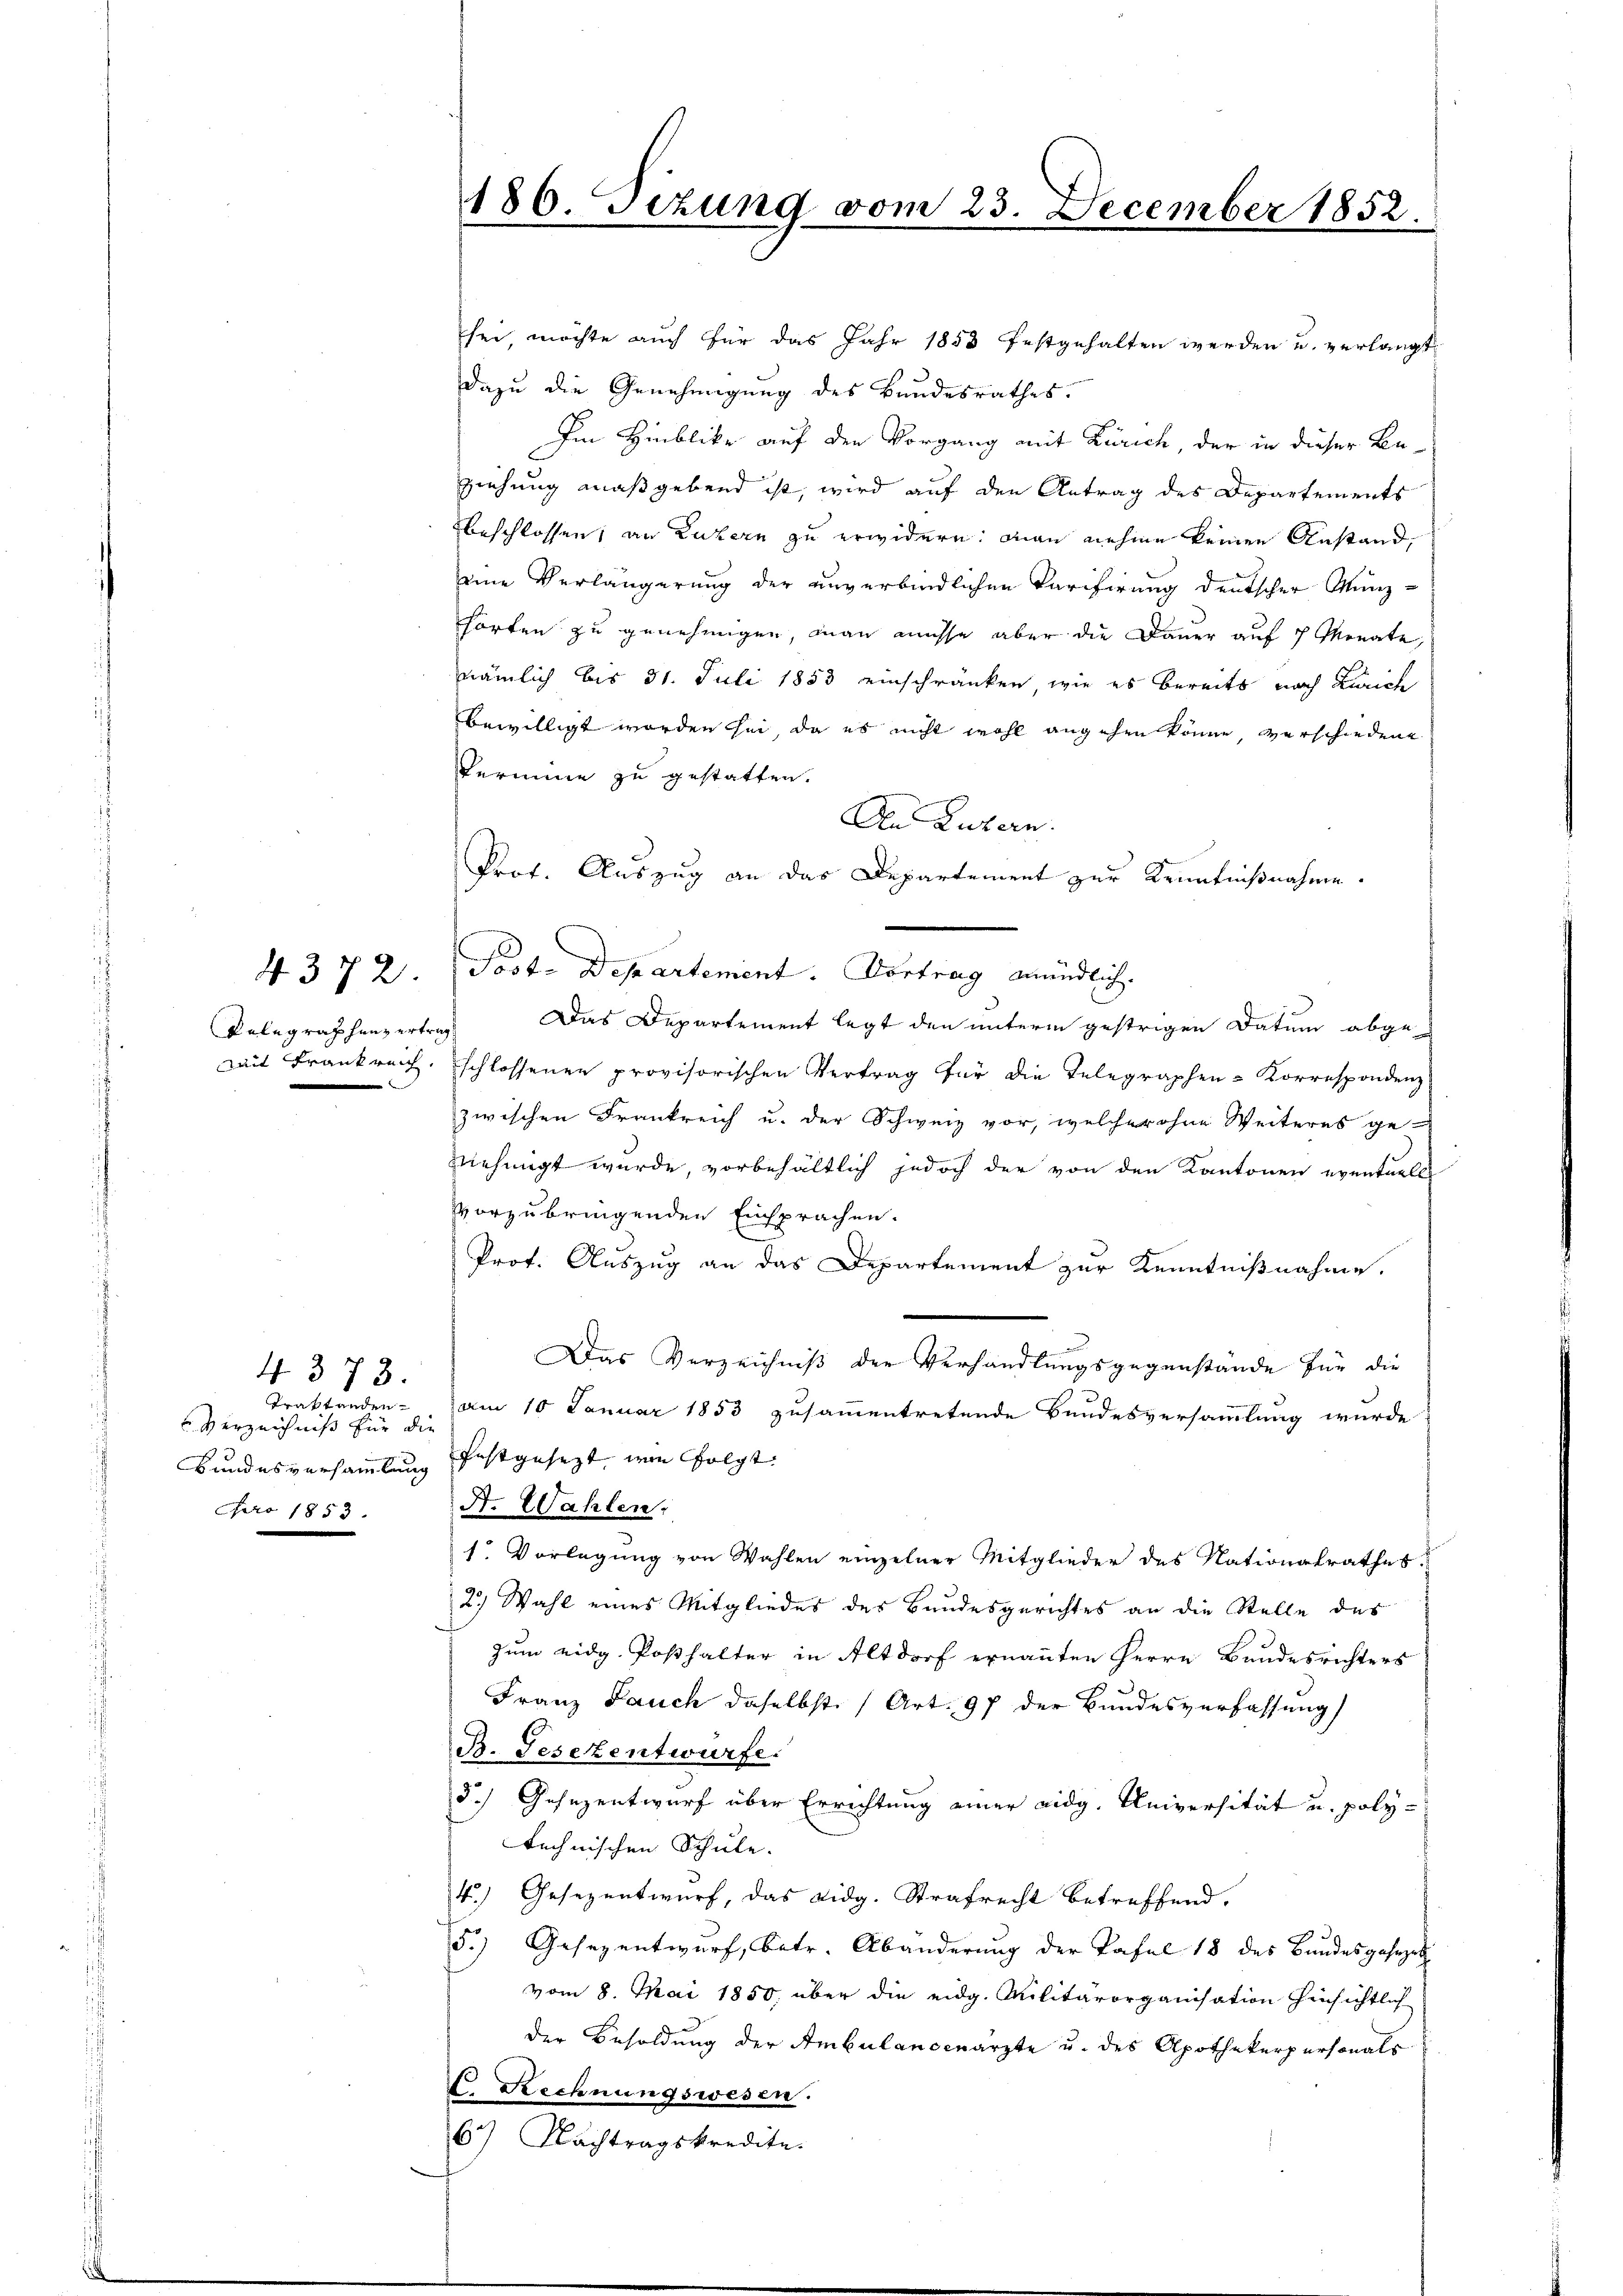
Pelegraphenzertrag

4. 373.
Trattanden
Verzeichniß für die
pro 1853.

sei, möchte auch für das Jahr 1853 festgehalten werden u. verlangt
dazu die Genehmigung des Bundesrathes.
Im Hinblike auf den Vorgang mit Zürich, der in dieser Beziehung maßgebend ist, wird auf den Antrag des Departements
beschlossen, an Luzern zu erwidern, man nehme keinen Anstand,
eine Verlängerung der unverbindlichen Tarifirung deutscher Münz-
hörten zu genehmigen, man müsse aber die Dauer auf 7 Monate,
nämlich bis 31. Juli 1853 einschränken, wie es bereits nach Zürich
bewilligt worden sei, da es nicht wohl angehen könne, verschiedene
Termine zu gestatten.
An Luzern.
Prof. Auszug an das Departement zur Kenntnißnahme.
437 2 Poste Departement. Vortrag mündlich.
Das Departement legt den unterm gestrigen Datum abge
mit Frankreich, schlossenen provisorischen Vertrag für die Telegraphen- Korrespondenz
zwischen Frankreich u. der Schweiz vor, welcher ohne Weiteres ge-
nehmigt wurde, vorbehältlich jedoch der von den Kantonen eventuell
vorzubringenden Einsprachen.
Prof. Auszug an das Departement zur Kenntnißnahme.
Das Verzeichniß der Verhandlungsgegenstände für die
am 10 Januar 1853 zusammentretende Bundesversammlung wurde
Bundesversammlung festgesezt, wie folgt:
A. Wahlen.
1. Vorlegung von Wahlen einzelner Mitglieder des Nationalrathes
2) Wahl eines Mitgliedes des Bundesgerichtes an die Stelle des
zum eidg. Posthalter in Altdorf ernannten Herrn Bundesrichters
Franz Pauch daselbst (Art. 97 der Bundesverfassung
B. Gesezentwurfe.
5.) Gesezentwurf über Errichtung einer eidg. Universität u. polytechnischen Schule.
4.) Gesezentwurf, das Lidg. Strafrecht betreffend.
5.) Gesezentwurf, betr. Abänderung der Tafel 18 des Bundesgesezet
vom 8. Mai 1850. über die eidg. Militärorganisation hinsichtlich
der Besoldung der Ambulansenarzte u. des Apothekerpersonals
C. Rechnungswesen.
6) Nachtragskredite.

186. Sizung vom 23. December 1852.